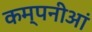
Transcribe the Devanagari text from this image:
कम्पनीआं